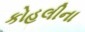
કોહલીના